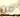
من